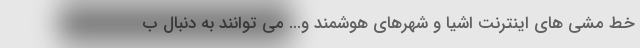
خط مشی های اینترنت اشیا و شهرهای هوشمند و... می توانند به دنبال ب